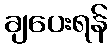
ချပေးရန်